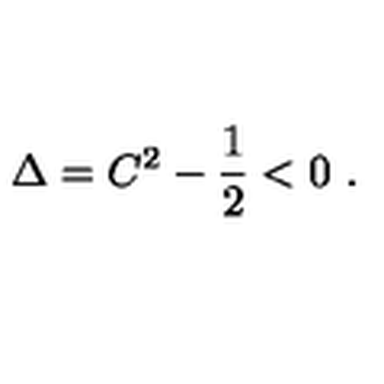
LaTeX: \Delta = C ^ { 2 } - { \frac { 1 } { 2 } } < 0 \ .